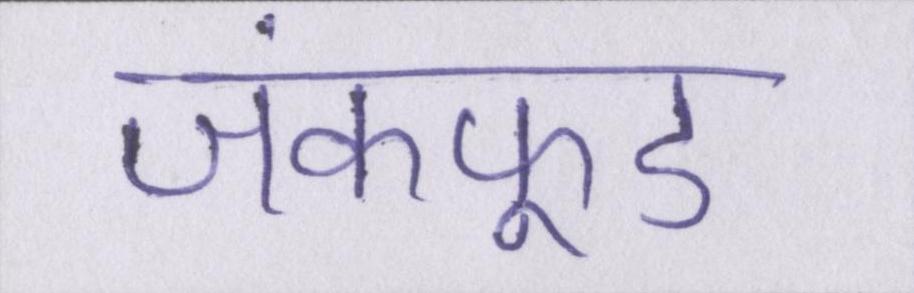
जंकफूड